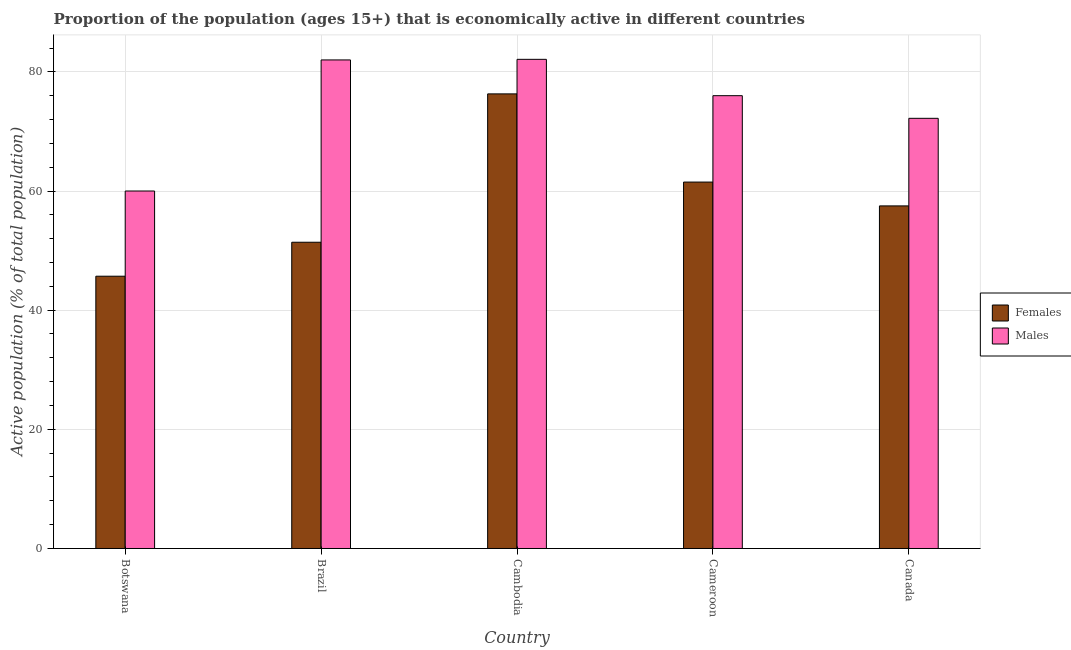
| Country | Females | Males |
 | --- | --- | --- |
 | Botswana | 45.7 | 60 |
 | Brazil | 51.4 | 82 |
 | Cambodia | 76.3 | 82.1 |
 | Cameroon | 61.5 | 76 |
 | Canada | 57.5 | 72.2 |